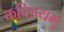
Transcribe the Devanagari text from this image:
कवित्रयमु